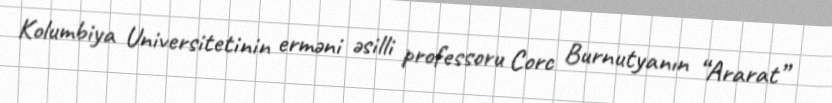
Kolumbiya Universitetinin erməni əsilli professoru Corc Burnutyanın “Ararat”